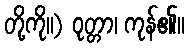
တို့ကို။) ဝုတ္တာ၊ ကုန်၏။